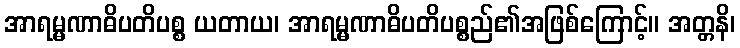
အာရမ္မဏာဓိပတိပစ္စ ယတာယ၊ အာရမ္မဏာဓိပတိပစ္စည်၏အဖြစ်ကြောင့်။ အတ္တနိ၊